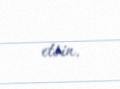
etsin.